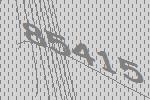
85415